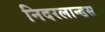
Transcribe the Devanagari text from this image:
निदरलान्डस